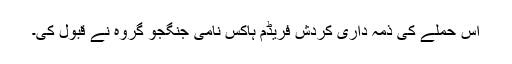
اس حملے کی ذمہ داری کردش فریڈم ہاکس نامی جنگجو گروہ نے قبول کی۔